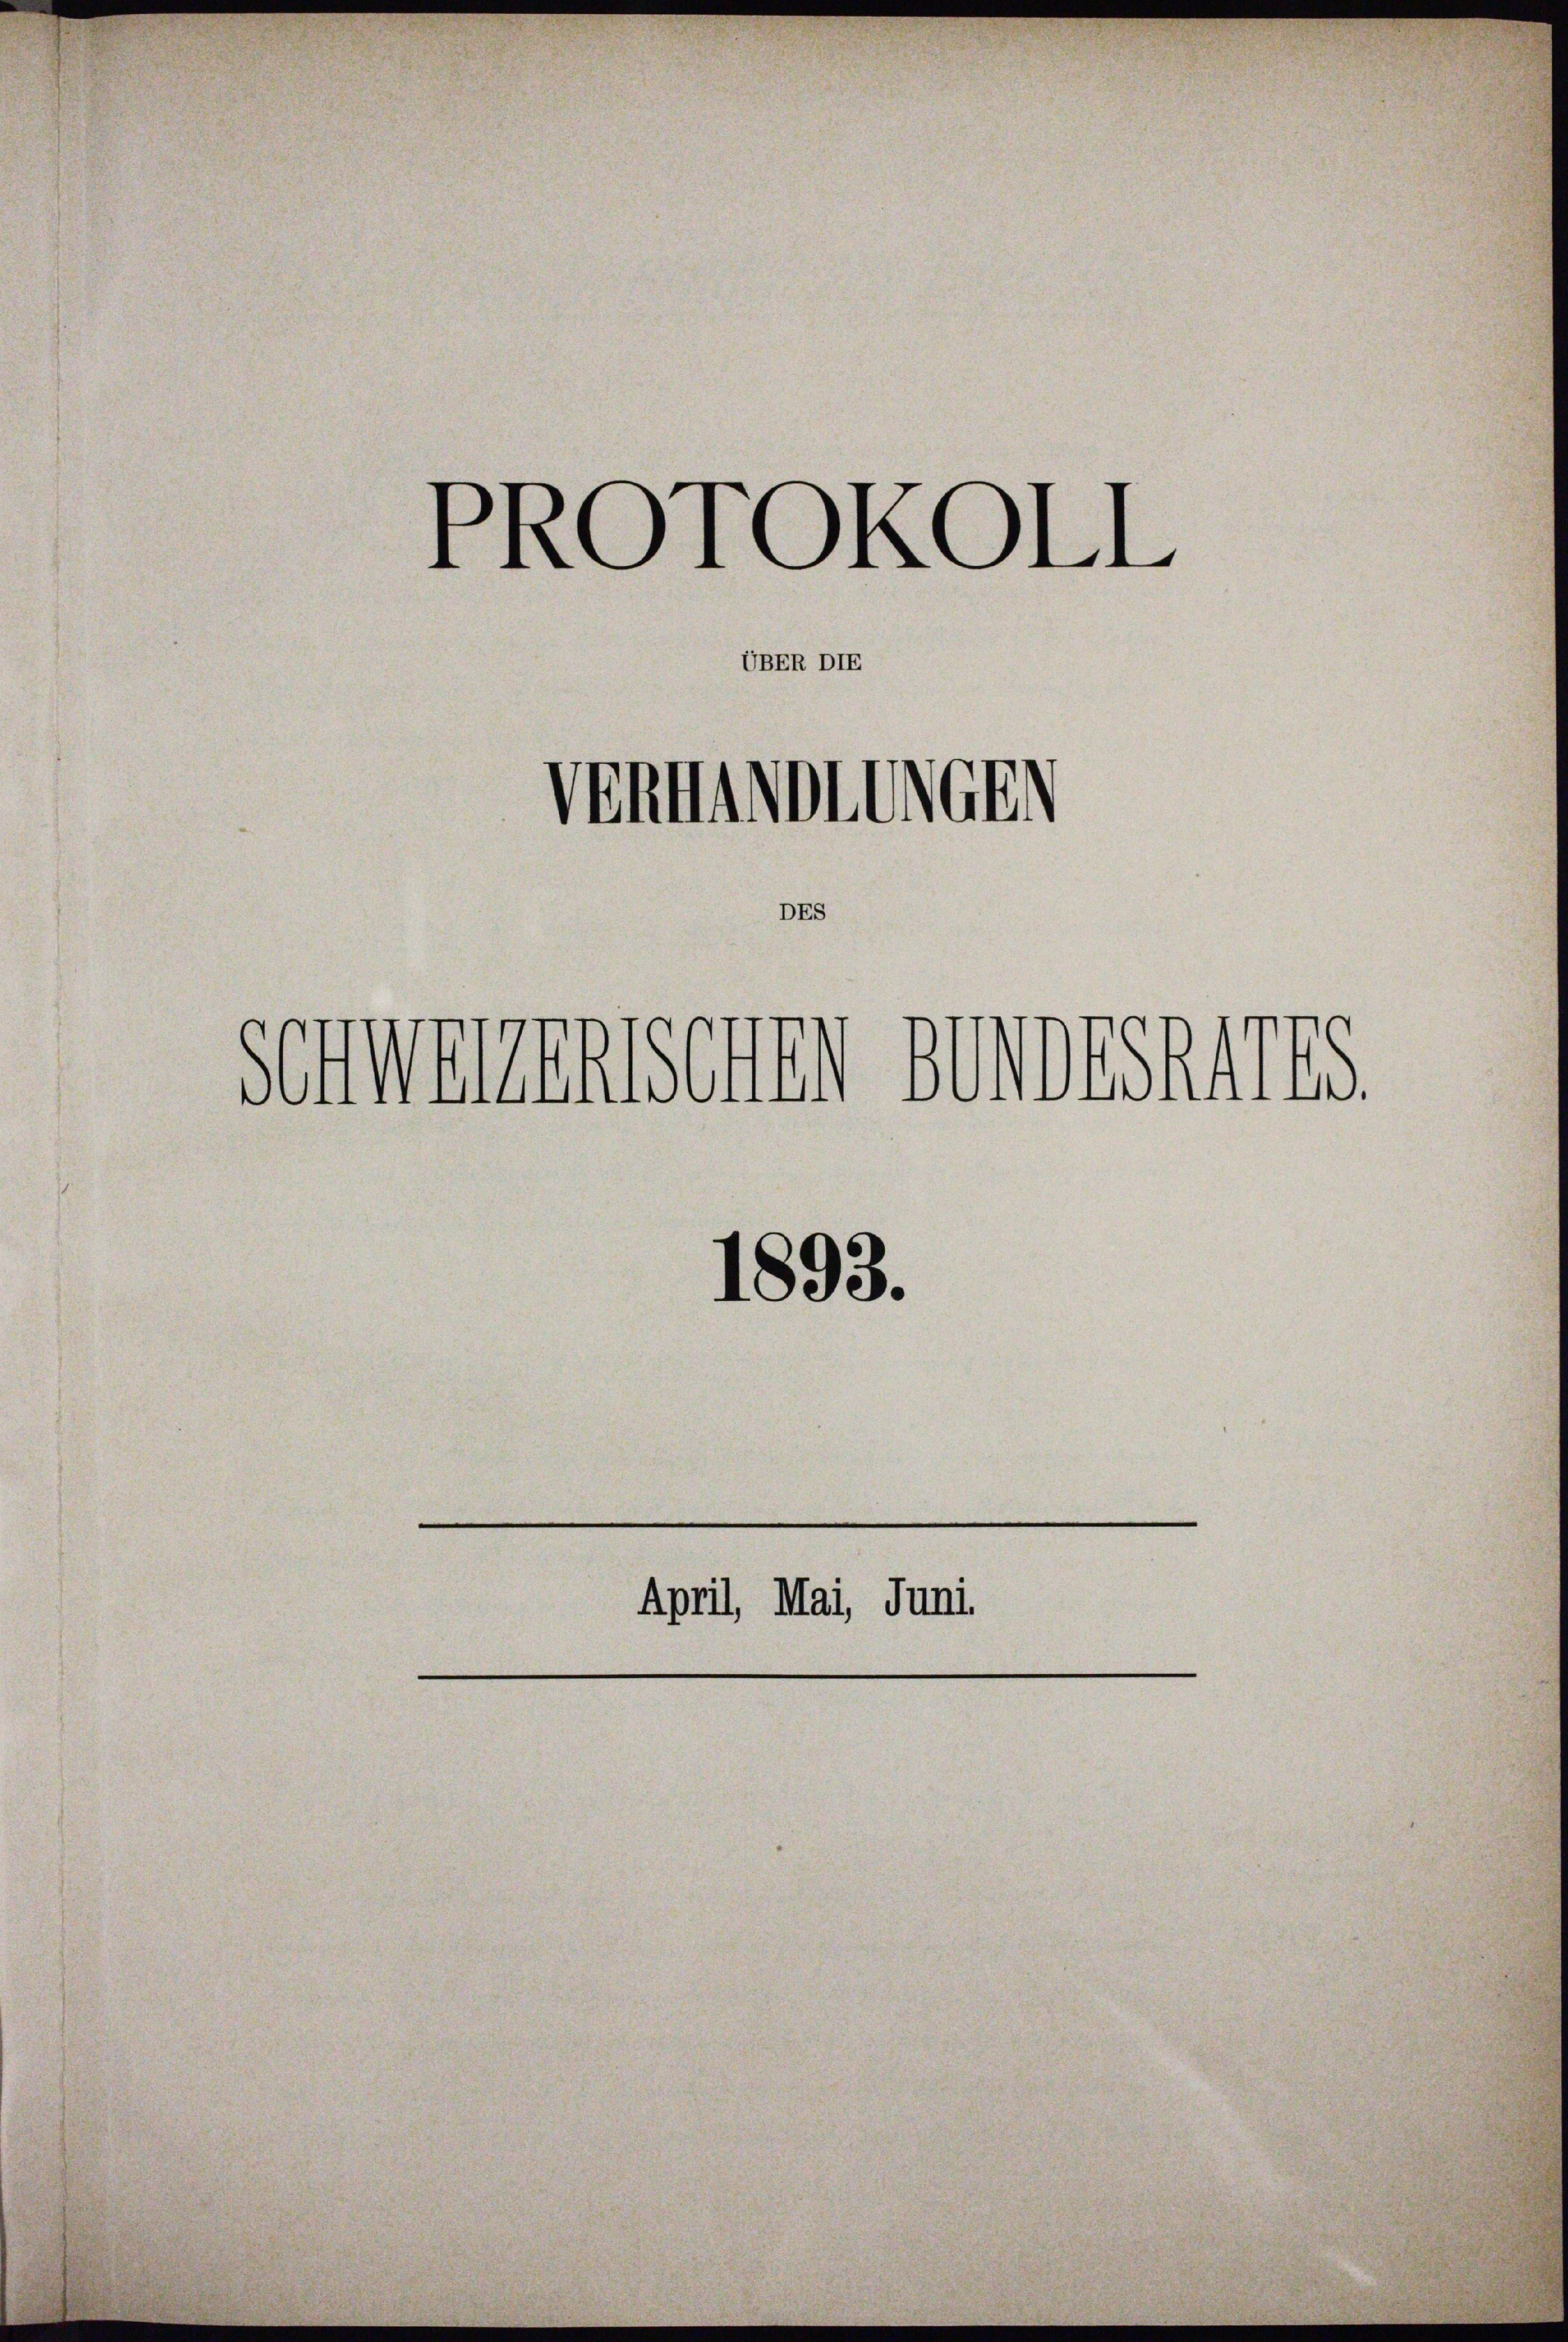
PROTOKOLL
Ventinotte
sommenensenen gewesenes
1893.
April, Mai, Juni

UBER DIE

Es